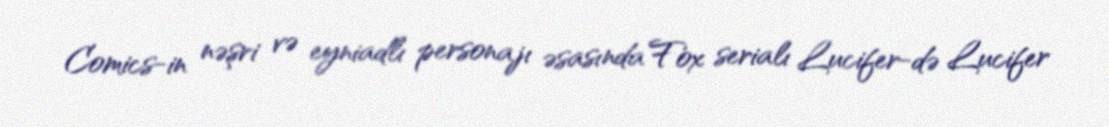
Comics-in nəşri və eyniadlı personajı əsasında Fox serialı Lucifer-də Lucifer